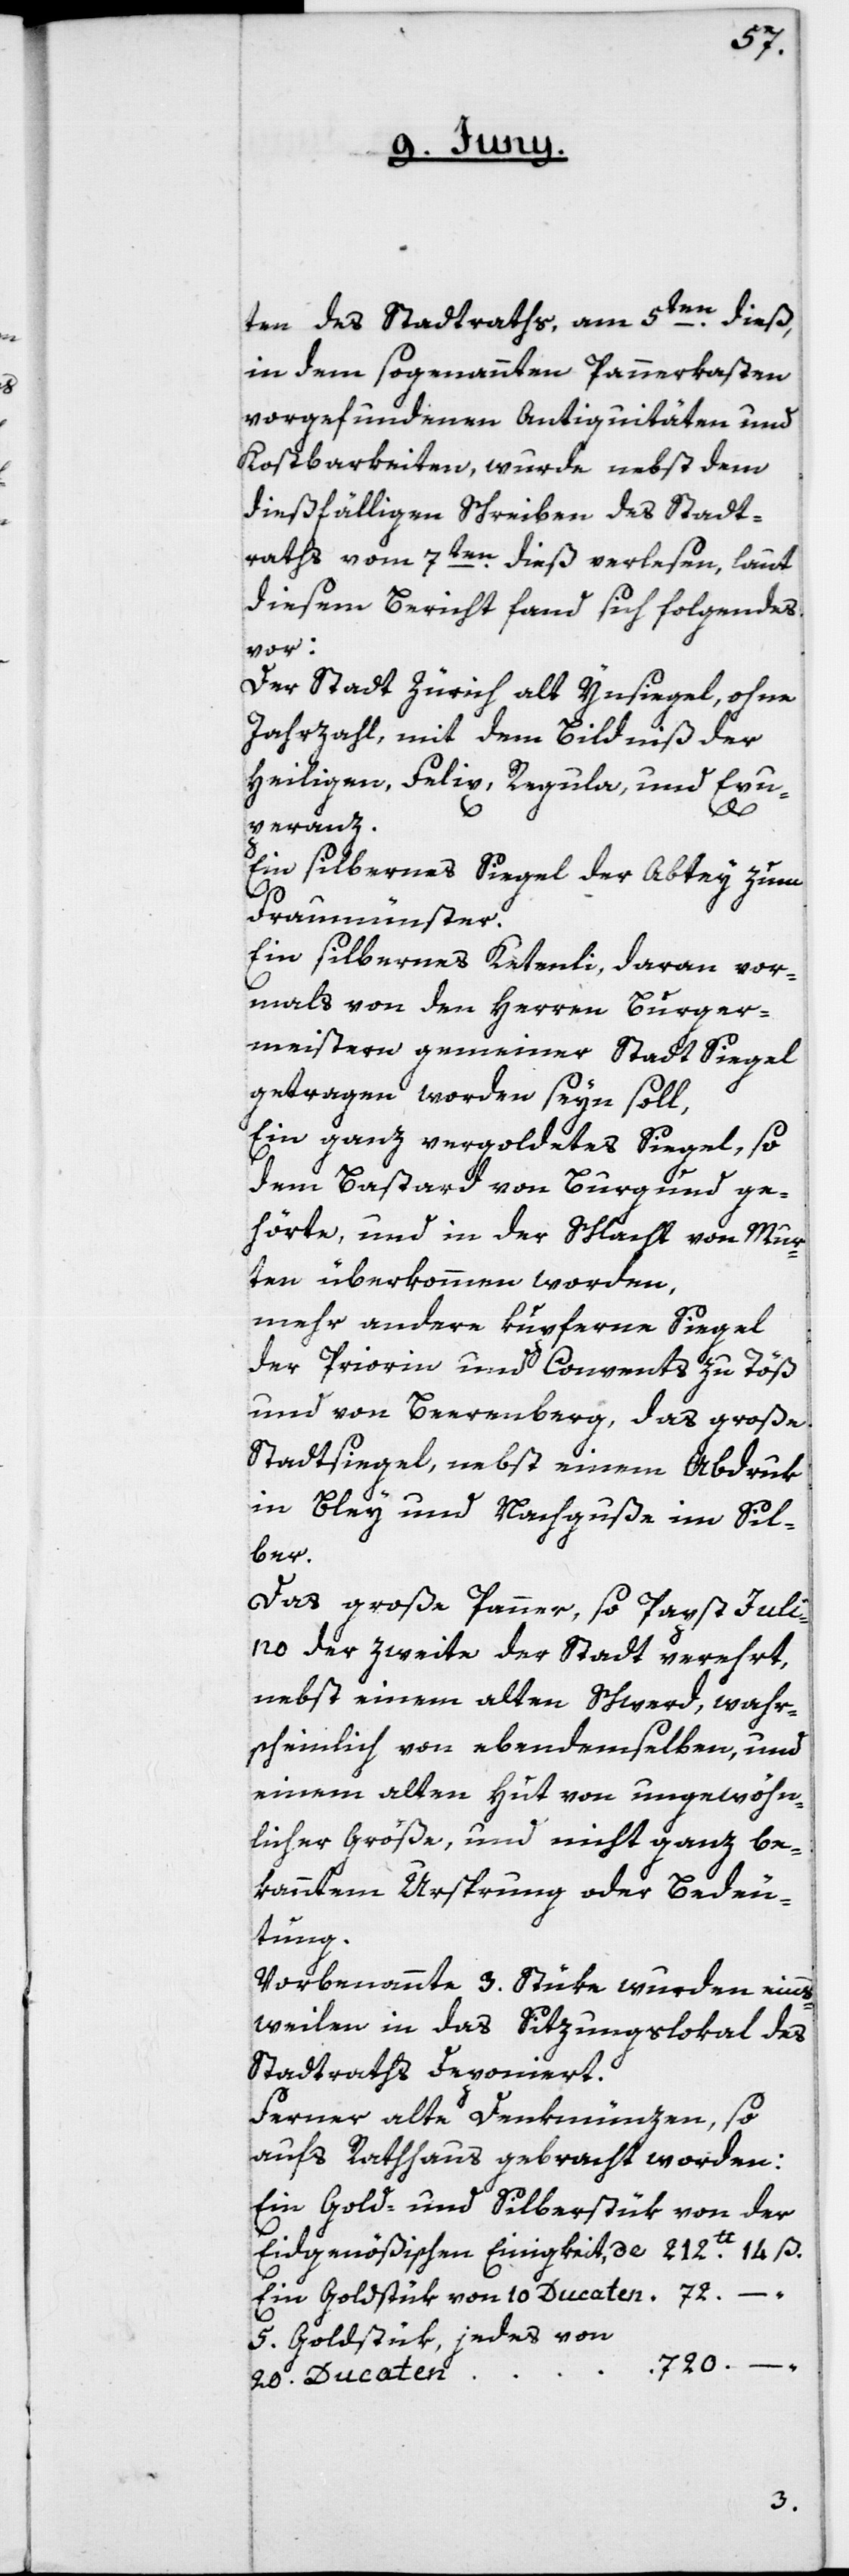
ten des Stadtraths, am 5ten dieß,
in dem sogenannten Pannerkasten
vorgefundenen Antiquitäten und
Kostbarkeiten, wurde nebst dem
dießfälligen Schreiben des Stadt¬
raths vom 7ten dieß verlesen, laut
diesem Bericht fand sich Folgendes
vor:
Der Stadt Zürich alt Ynsiegel, ohne
Jahrzahl, mit dem Bildniß der
Heiligen, Felix, Regula und Exu¬
peranz.
Ein silbernes Siegel der Abtey zum
Fraumünster.
Ein silbernes Ketenli, daran vor¬
mals von den Herren Burger¬
meistern gemeiner Stadt Siegel
getragen worden seyn soll.
Ein ganz vergoldetes Siegel, so
dem Bastard von Burgund ge¬
hörte, und in der Schlacht von Mur¬
ten überkommen worden,
mehr andere kupferne Siegel
der Priorin und Convents zu Töß
und von Beerenberg, das große
Stadtsiegel, nebst einem Abdruk
in Bley und Nachguße im Sil¬
ber.
Das große Panner, so Papst Juli¬
no der zweite der Stadt verehrt,
nebst einem alten Schwerd, wahr¬
scheinlich von ebendemselben, und
einem alten Hut von ungewöhn¬
licher Größe, und nicht ganz be¬
kanntem Ursprung oder Bedeu¬
tung.
Vorbenannte 3. Stüke wurden eins¬
weilen in das Sitzungslokal des
Stadtraths deponiert.
Ferner alte Denkmünzen, so
aufs Rathaus gebracht worden:
Ein Gold- und Silberstük von der
212.
Ein Goldstük von 10 Ducaten
5. Goldstük, jedes von
720.
–
20 Ducaten